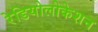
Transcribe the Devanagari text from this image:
रेडियोलोकेशन